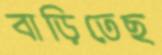
বাড়িতেছ